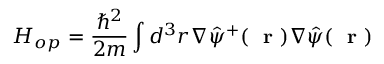
H _ { o p } = \frac { \hbar ^ { 2 } } { 2 m } \int d ^ { 3 } r \nabla \hat { \psi } ^ { + } ( \mathrm { ~ \bf ~ r ~ } ) \nabla \hat { \psi } ( \mathrm { ~ \bf ~ r ~ } )